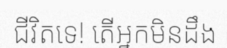
ជីវិតទេ! តើអ្នកមិនដឹង